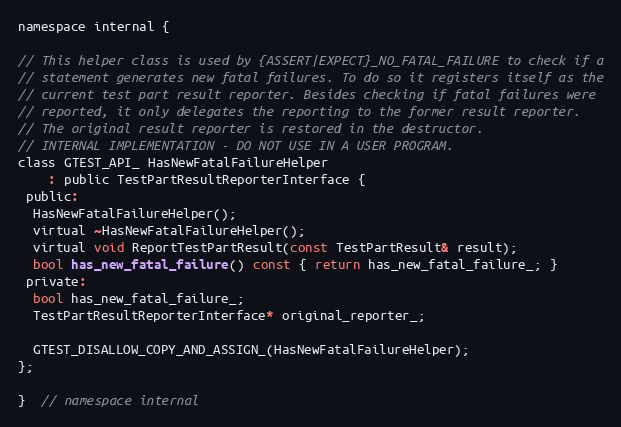
Language: C
namespace internal {

// This helper class is used by {ASSERT|EXPECT}_NO_FATAL_FAILURE to check if a
// statement generates new fatal failures. To do so it registers itself as the
// current test part result reporter. Besides checking if fatal failures were
// reported, it only delegates the reporting to the former result reporter.
// The original result reporter is restored in the destructor.
// INTERNAL IMPLEMENTATION - DO NOT USE IN A USER PROGRAM.
class GTEST_API_ HasNewFatalFailureHelper
    : public TestPartResultReporterInterface {
 public:
  HasNewFatalFailureHelper();
  virtual ~HasNewFatalFailureHelper();
  virtual void ReportTestPartResult(const TestPartResult& result);
  bool has_new_fatal_failure() const { return has_new_fatal_failure_; }
 private:
  bool has_new_fatal_failure_;
  TestPartResultReporterInterface* original_reporter_;

  GTEST_DISALLOW_COPY_AND_ASSIGN_(HasNewFatalFailureHelper);
};

}  // namespace internal